Mental hospitals Bombay report 1929-33 - 1929-1933
Year: 1929
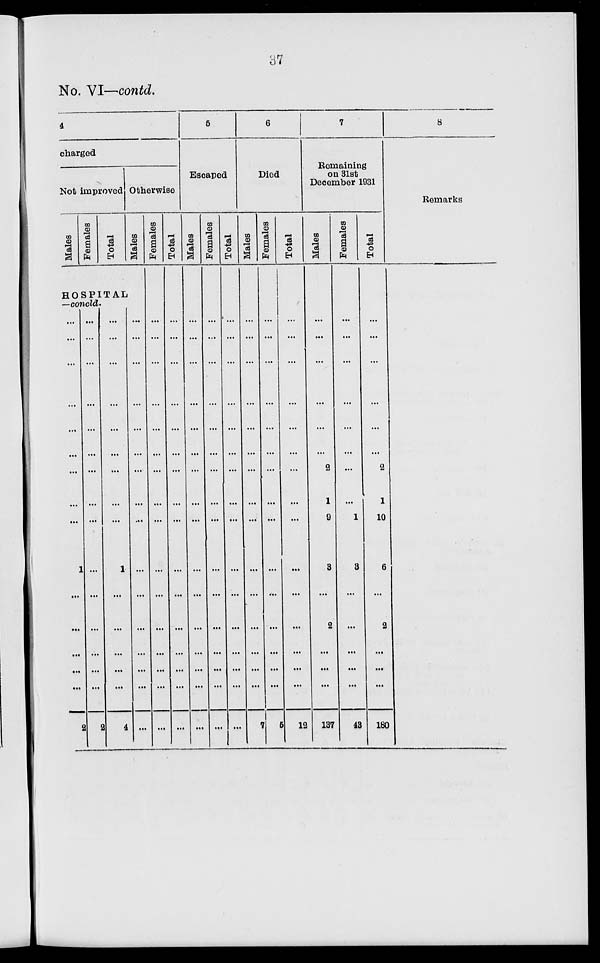
37
No. VI—contd.
4
charged
Not improved
Males
Females
Total
Otherwise
Males
HOSPITAL
—concld.
...
...
...
...
...
...
...
...
...
1
...
...
...
...
...
2
...
...
...
...
...
...
...
...
...
...
...
...
...
...
...
2
...
...
...
...
...
...
...
...
...
1
...
...
...
...
...
4
...
...
...
...
...
...
...
...
...
...
...
...
...
...
...
...
Females
...
...
...
...
...
...
...
...
...
...
...
...
...
...
...
...
Total
...
...
...
...
...
...
...
...
...
...
...
...
...
...
...
...
5
Escaped
Males
...
...
...
...
...
...
...
...
...
...
...
...
...
...
...
...
Females
...
...
...
...
...
...
...
...
...
...
...
...
...
...
...
...
Total
...
...
...
...
...
...
...
...
...
...
...
...
...
...
...
...
6
Died
Males
...
...
...
...
...
...
...
...
...
...
...
...
...
...
...
7
Females
...
...
...
...
...
...
...
...
...
...
...
...
...
...
...
5
Total
...
...
...
...
...
...
...
...
...
...
...
...
...
...
...
12
7
Remaining
on 31st
December 1931
Males
...
...
...
...
...
...
2
1
9
3
...
2
...
...
...
137
Females
...
...
...
...
...
...
...
...
1
3
...
...
...
...
...
43
Total
...
...
...
...
...
...
2
1
10
6
...
2
...
...
...
180
8
Remarks